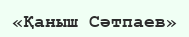
«Қаныш Сәтпаев»